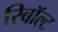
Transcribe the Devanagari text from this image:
रिबॉल्ट